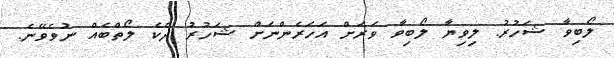
ލޯބިވާ ޝަހުރު. ލިވިޔާ ލޯބިވާ ވަރަށް އަހަރެންނަށް ޝަހުރު ދެކެ ލޯތްބެއް ނުވެވޭނެ.